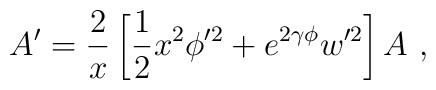
A' =  \frac{2}{x} \left[\frac{1}{2} x^2 \phi'^2                  + e^{2 \gamma \phi } w'^2 \right] A\ ,